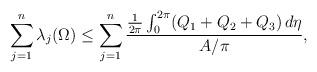
LaTeX: \begin{align*}\sum_{j=1}^n \lambda_j(\Omega) \leq \sum_{j=1}^n \frac{\frac{1}{2\pi} \int_0^{2\pi} (Q_1+Q_2+Q_3) \, d\eta}{A/\pi} ,\end{align*}